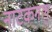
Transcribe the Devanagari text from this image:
नाटकगलु